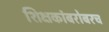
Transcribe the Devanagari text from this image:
शिक्षकांबरोबरच